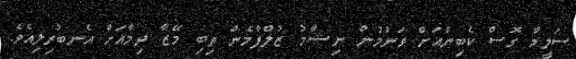
ސަލީމާ ގޮސް ކެބިންއަށް ވަނުމުން ނިޝާމު ޒުލްފާމެން ތިބި މޭޒާ ދިމާއަށް އެނބުރިލިއެވެ.